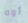
أوه